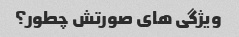
ویژگی های صورتش چطور؟